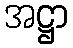
အဋ္ဌာ